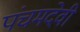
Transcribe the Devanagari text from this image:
पंचमदेवी